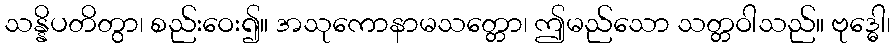
သန္နိပတိတွာ၊ စည်းဝေး၍။ အသုကောနာမသတ္တော၊ ဤမည်သော သတ္တဝါသည်။ ဗုဒ္ဓေါ၊